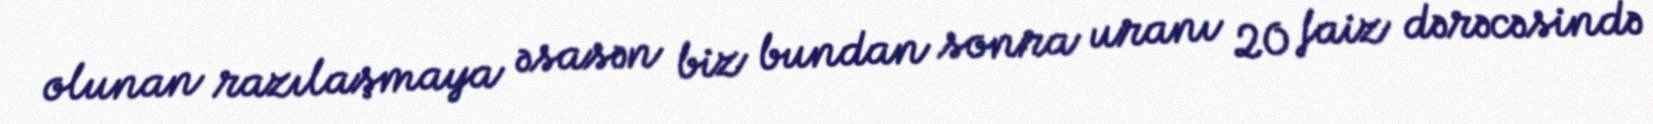
olunan razılaşmaya əsasən biz bundan sonra uranı 20 faiz dərəcəsində